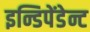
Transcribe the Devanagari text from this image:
इन्डिपेंडेन्ट